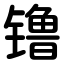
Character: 镥